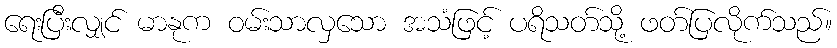
ရေးပြီးလျှင် မာနုက ဝမ်းသာလှသော အသံဖြင့် ပရိသတ်သို့ ဖတ်ပြလိုက်သည်။